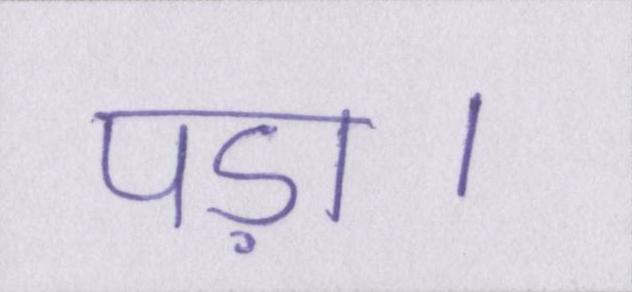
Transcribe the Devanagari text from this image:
पड़ा।